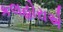
કલહોરાએ